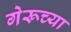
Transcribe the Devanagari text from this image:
गेरूच्या